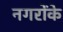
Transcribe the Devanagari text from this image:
नगरोंके